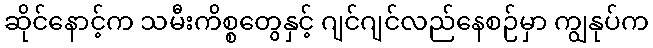
ဆိုင်နောင့်က သမီးကိစ္စတွေနှင့် ဂျင်ဂျင်လည်နေစဉ်မှာ ကျွနုပ်က